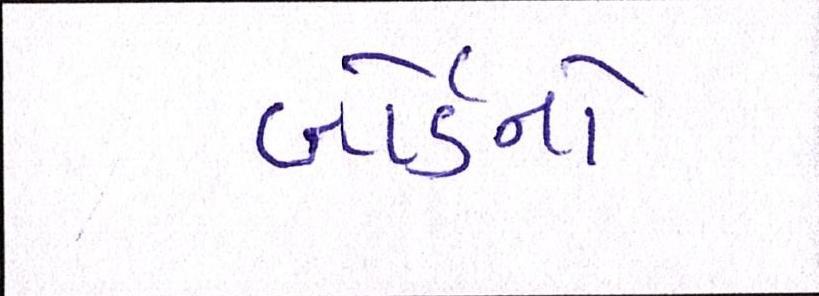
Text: બોર્ડનો